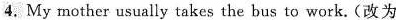
4. My mother usually takes the bus to work. (改为